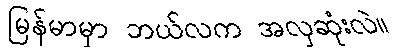
မြန်မာမှာ ဘယ်လက အလှဆုံးလဲ။